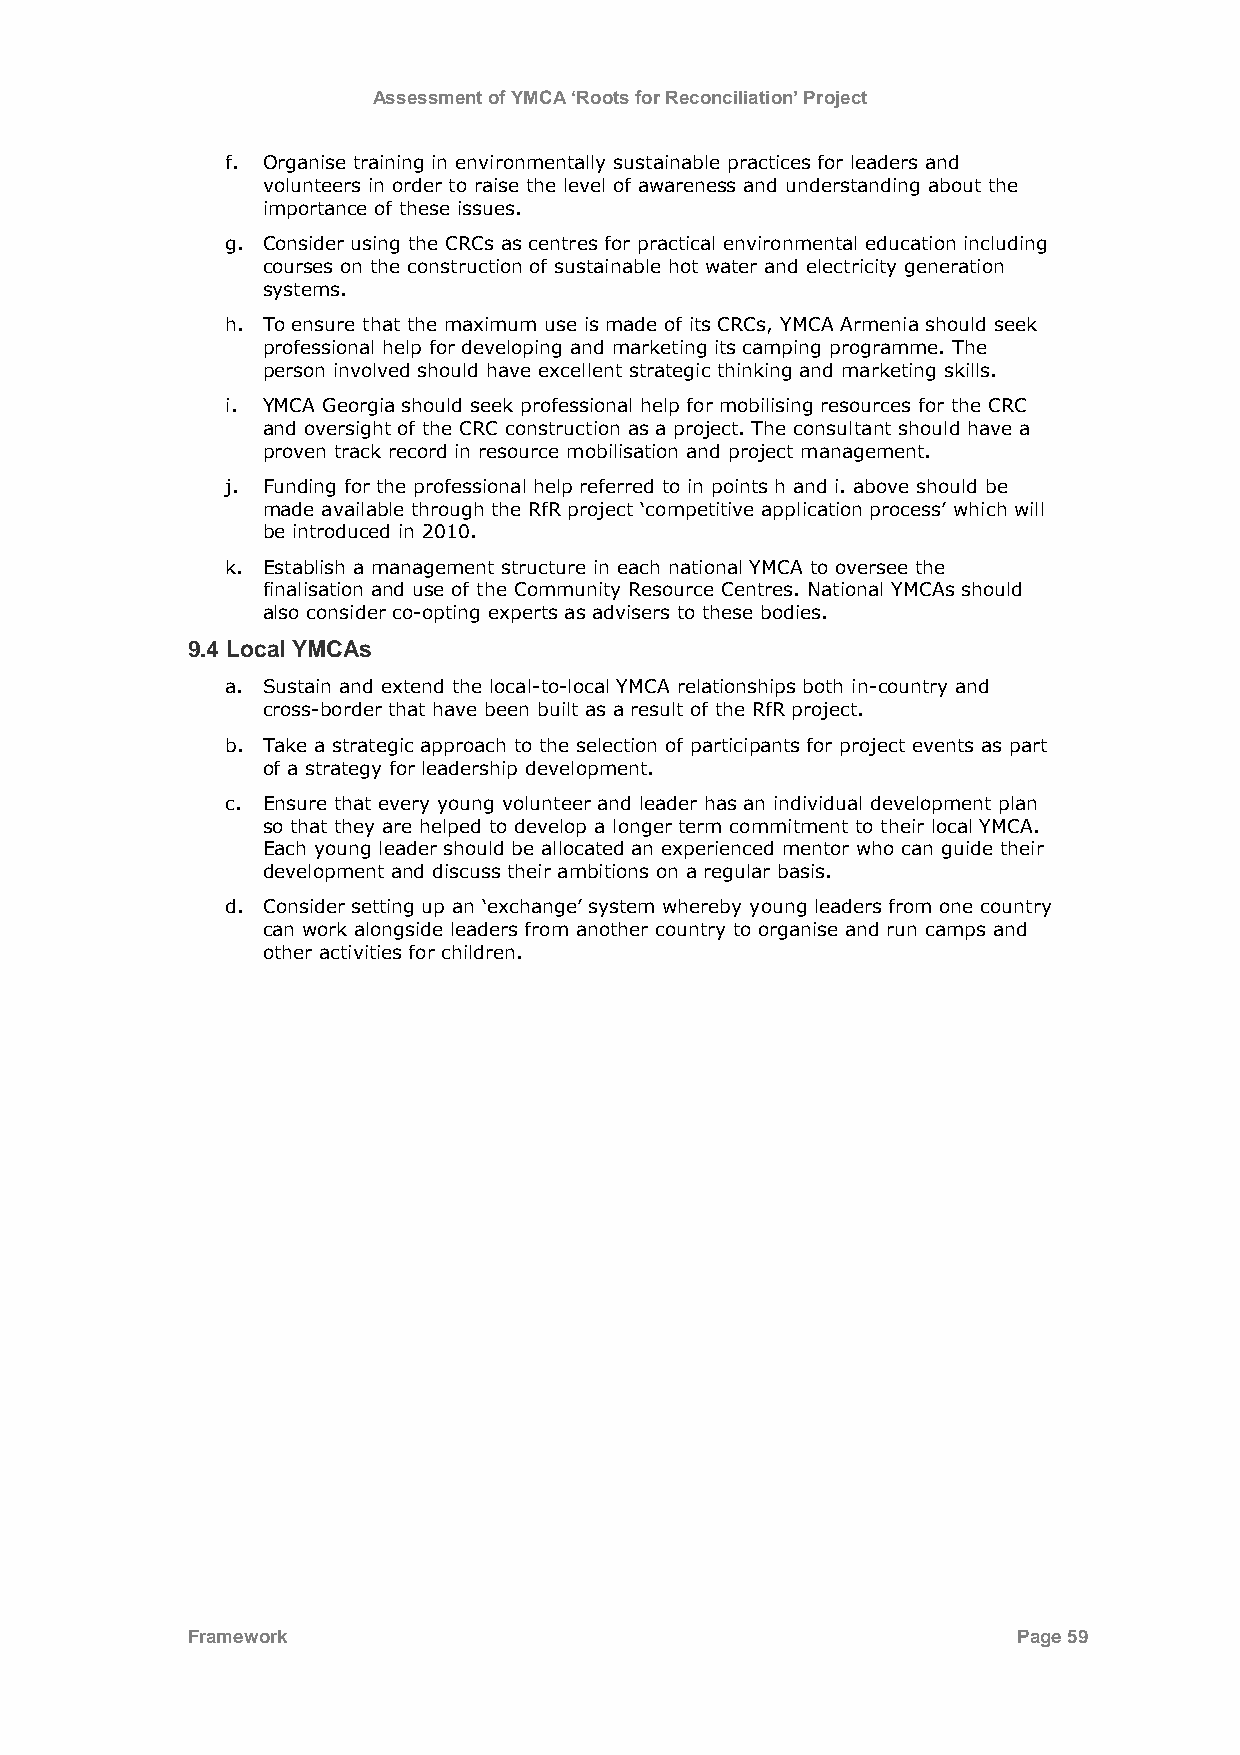
Assessment of YMCA ‘Roots for Reconciliation’ Project
 f. Organise training in environmentally sustainable practices for leaders and
 volunteers in order to raise the level of awareness and understanding about the
 importance of these issues.
 g. Consider using the CRCs as centres for practical environmental education including
 courses on the construction of sustainable hot water and electricity generation
 systems.
 h. To ensure that the maximum use is made of its CRCs, YMCA Armenia should seek
 professional help for developing and marketing its camping programme. The
 person involved should have excellent strategic thinking and marketing skills.
 i. YMCA Georgia should seek professional help for mobilising resources for the CRC
 and oversight of the CRC construction as a project. The consultant should have a
 proven track record in resource mobilisation and project management.
 j. Funding for the professional help referred to in points h and i. above should be
 made available through the RfR project „competitive application process‟ which will
 be introduced in 2010.
 k. Establish a management structure in each national YMCA to oversee the
 finalisation and use of the Community Resource Centres. National YMCAs should
 also consider co-opting experts as advisers to these bodies.
 9.4 Local YMCAs
 a. Sustain and extend the local-to-local YMCA relationships both in-country and
 cross-border that have been built as a result of the RfR project.
 b. Take a strategic approach to the selection of participants for project events as part
 of a strategy for leadership development.
 c. Ensure that every young volunteer and leader has an individual development plan
 so that they are helped to develop a longer term commitment to their local YMCA.
 Each young leader should be allocated an experienced mentor who can guide their
 development and discuss their ambitions on a regular basis.
 d. Consider setting up an „exchange‟ system whereby young leaders from one country
 can work alongside leaders from another country to organise and run camps and
 other activities for children.
 Framework                                              Page 59